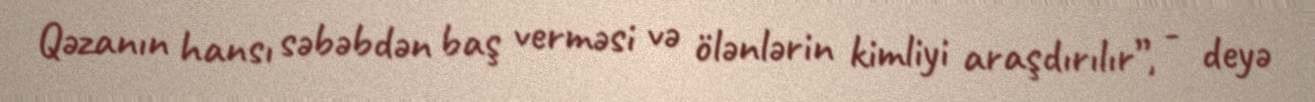
Qəzanın hansı səbəbdən baş verməsi və ölənlərin kimliyi araşdırılır”, - deyə